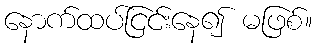
နောက်ထပ်ငြင်းနေ၍ မဖြစ်။